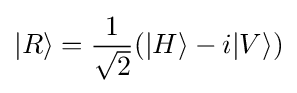
|R\rangle ={\frac {1}{\sqrt {2}}}(|H\rangle -i|V\rangle )